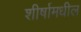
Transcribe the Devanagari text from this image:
शीर्षामधील